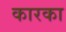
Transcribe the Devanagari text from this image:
कारका